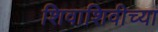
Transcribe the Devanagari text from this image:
शिवाशिवीच्या